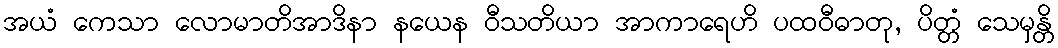
အယံ ကေသာ လောမာတိအာဒိနာ နယေန ဝီသတိယာ အာကာရေဟိ ပထဝီဓာတု, ပိတ္တံ သေမှန္တိ